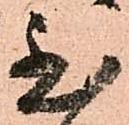
至